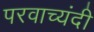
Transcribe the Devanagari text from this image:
परवाच्यंदी